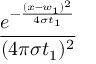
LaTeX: \frac { e ^ { - \frac { ( x - w _ { 1 } ) ^ { 2 } } { 4 \sigma t _ { 1 } } } } { ( 4 \pi \sigma t _ { 1 } ) ^ { 2 } }